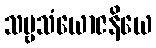
သဗ္ဗသံယောဇနိယေ